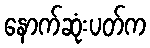
နောက်ဆုံးပတ်က